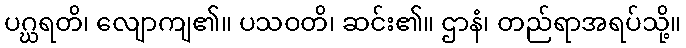
ပဂ္ဃရတိ၊ လျောကျ၏။ ပသဝတိ၊ ဆင်း၏။ ဌာနံ၊ တည်ရာအရပ်သို့။